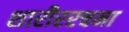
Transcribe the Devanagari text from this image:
शारीररचना